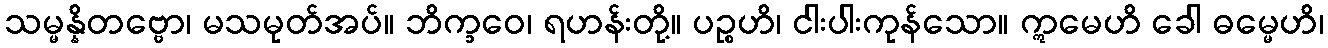
သမ္မန္နိတဗ္ဗော၊ မသမုတ်အပ်။ ဘိက္ခဝေ၊ ရဟန်းတို့။ ပဉ္စဟိ၊ ငါးပါးကုန်သော။ ဣမေဟိ ခေါ ဓမ္မေဟိ၊